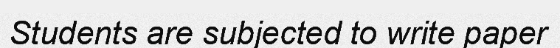
Students are subjected to write paper